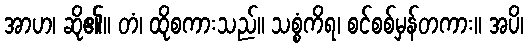
အာဟ၊ ဆို၏။ တံ၊ ထိုစကားသည်။ သစ္စံကိရ၊ စင်စစ်မှန်တကား။ အပိ၊